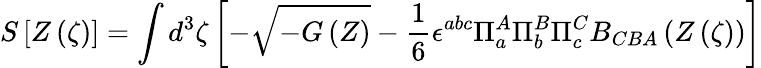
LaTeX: S\left[Z\left(\zeta\right)\right]=\int d^{3}\zeta\left[-\sqrt{-G\left(Z\right)}-{\frac{1}{6}}\epsilon^{abc}\Pi_{a}^{A}\Pi_{b}^{B}\Pi_{c}^{C}B_{CBA}\left(Z\left(\zeta\right)\right)\right]